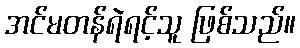
အင်မတန်ရဲရင့်သူ ဖြစ်သည်။